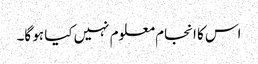
اس کا انجام معلوم نہیں کیا ہو گا۔